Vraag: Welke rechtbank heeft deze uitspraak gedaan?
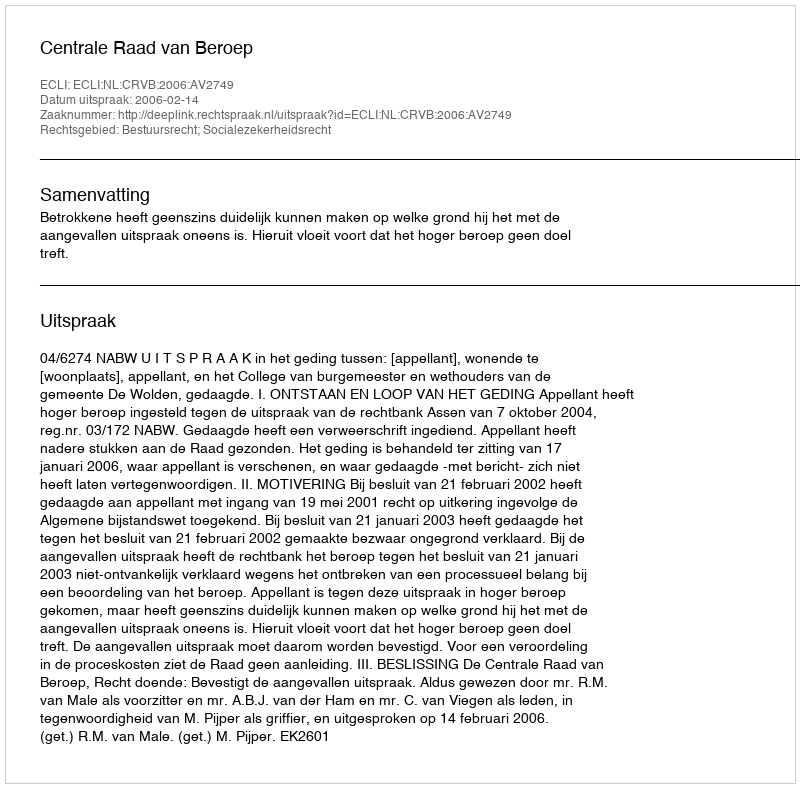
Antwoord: Centrale Raad van Beroep